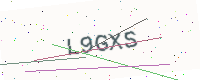
Text: L9GXS